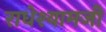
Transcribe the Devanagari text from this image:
राधेश्यामजी